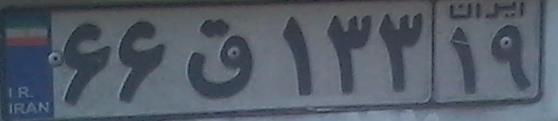
۶۶ق۱۳۳۱۹